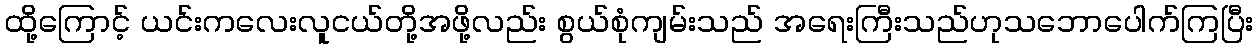
ထို့ကြောင့် ယင်းကလေးလူငယ်တို့အဖို့လည်း စွယ်စုံကျမ်းသည် အရေးကြီးသည်ဟုသဘောပေါက်ကြပြီး